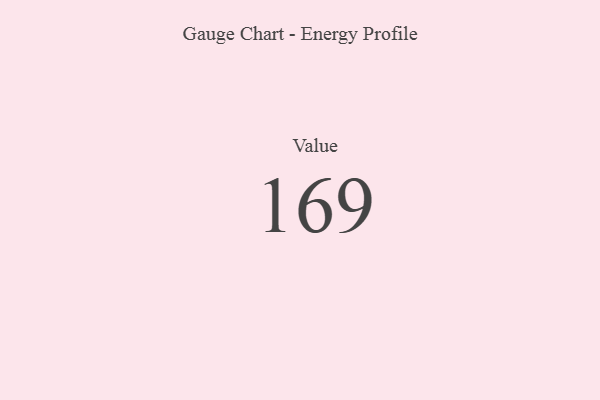
{"axis": {"x": "Metric", "y": "Value"}, "legend": [""], "data": [{"x": "Value", "y": 169, "type": ""}]}